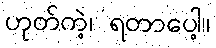
ဟုတ်ကဲ့၊ ရတာပေါ့။